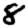
Digit: 8